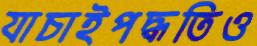
যাচাইপদ্ধতিও